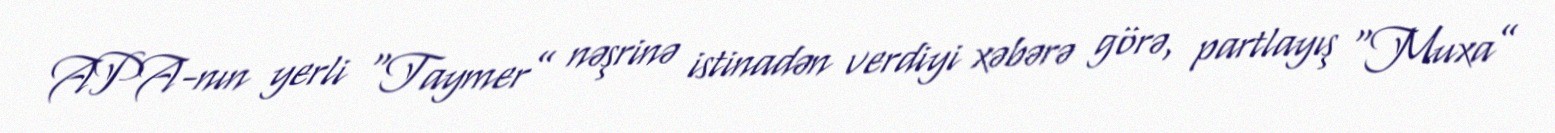
APA-nın yerli “Taymer” nəşrinə istinadən verdiyi xəbərə görə, partlayış “Muxa”